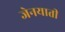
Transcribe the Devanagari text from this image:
जेनयाती